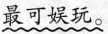
最可娱玩。